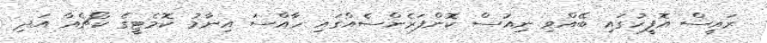
ރައީސް އޮފީހުގައި ބޭއްވި ނިއުސް ކޮންފަރެންސެއްގައި ހާއްސަ އިނާމު ކޮމެޓީގެ ކޯޗެއާ އަދި